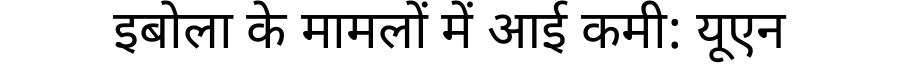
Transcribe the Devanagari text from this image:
इबोला के मामलों में आई कमी: यूएन